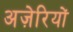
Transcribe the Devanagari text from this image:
अज़ेरियों